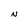
Character: N